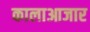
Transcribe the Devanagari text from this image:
कालाआजार